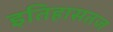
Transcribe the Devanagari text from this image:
इतिहासतज